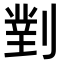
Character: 𭄈